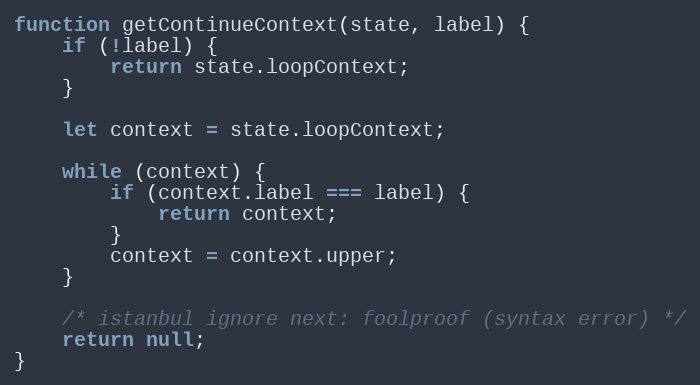
Language: JavaScript
function getContinueContext(state, label) {
    if (!label) {
        return state.loopContext;
    }

    let context = state.loopContext;

    while (context) {
        if (context.label === label) {
            return context;
        }
        context = context.upper;
    }

    /* istanbul ignore next: foolproof (syntax error) */
    return null;
}